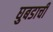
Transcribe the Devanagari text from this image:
घुबडाची